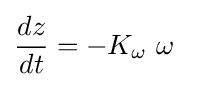
{dz \over dt}=-K_{\omega }\ \omega \